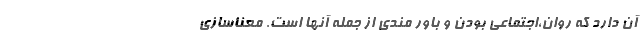
آن دارد که روان،اجتماعی بودن و باور مندی از جمله آنها است. معناسازی